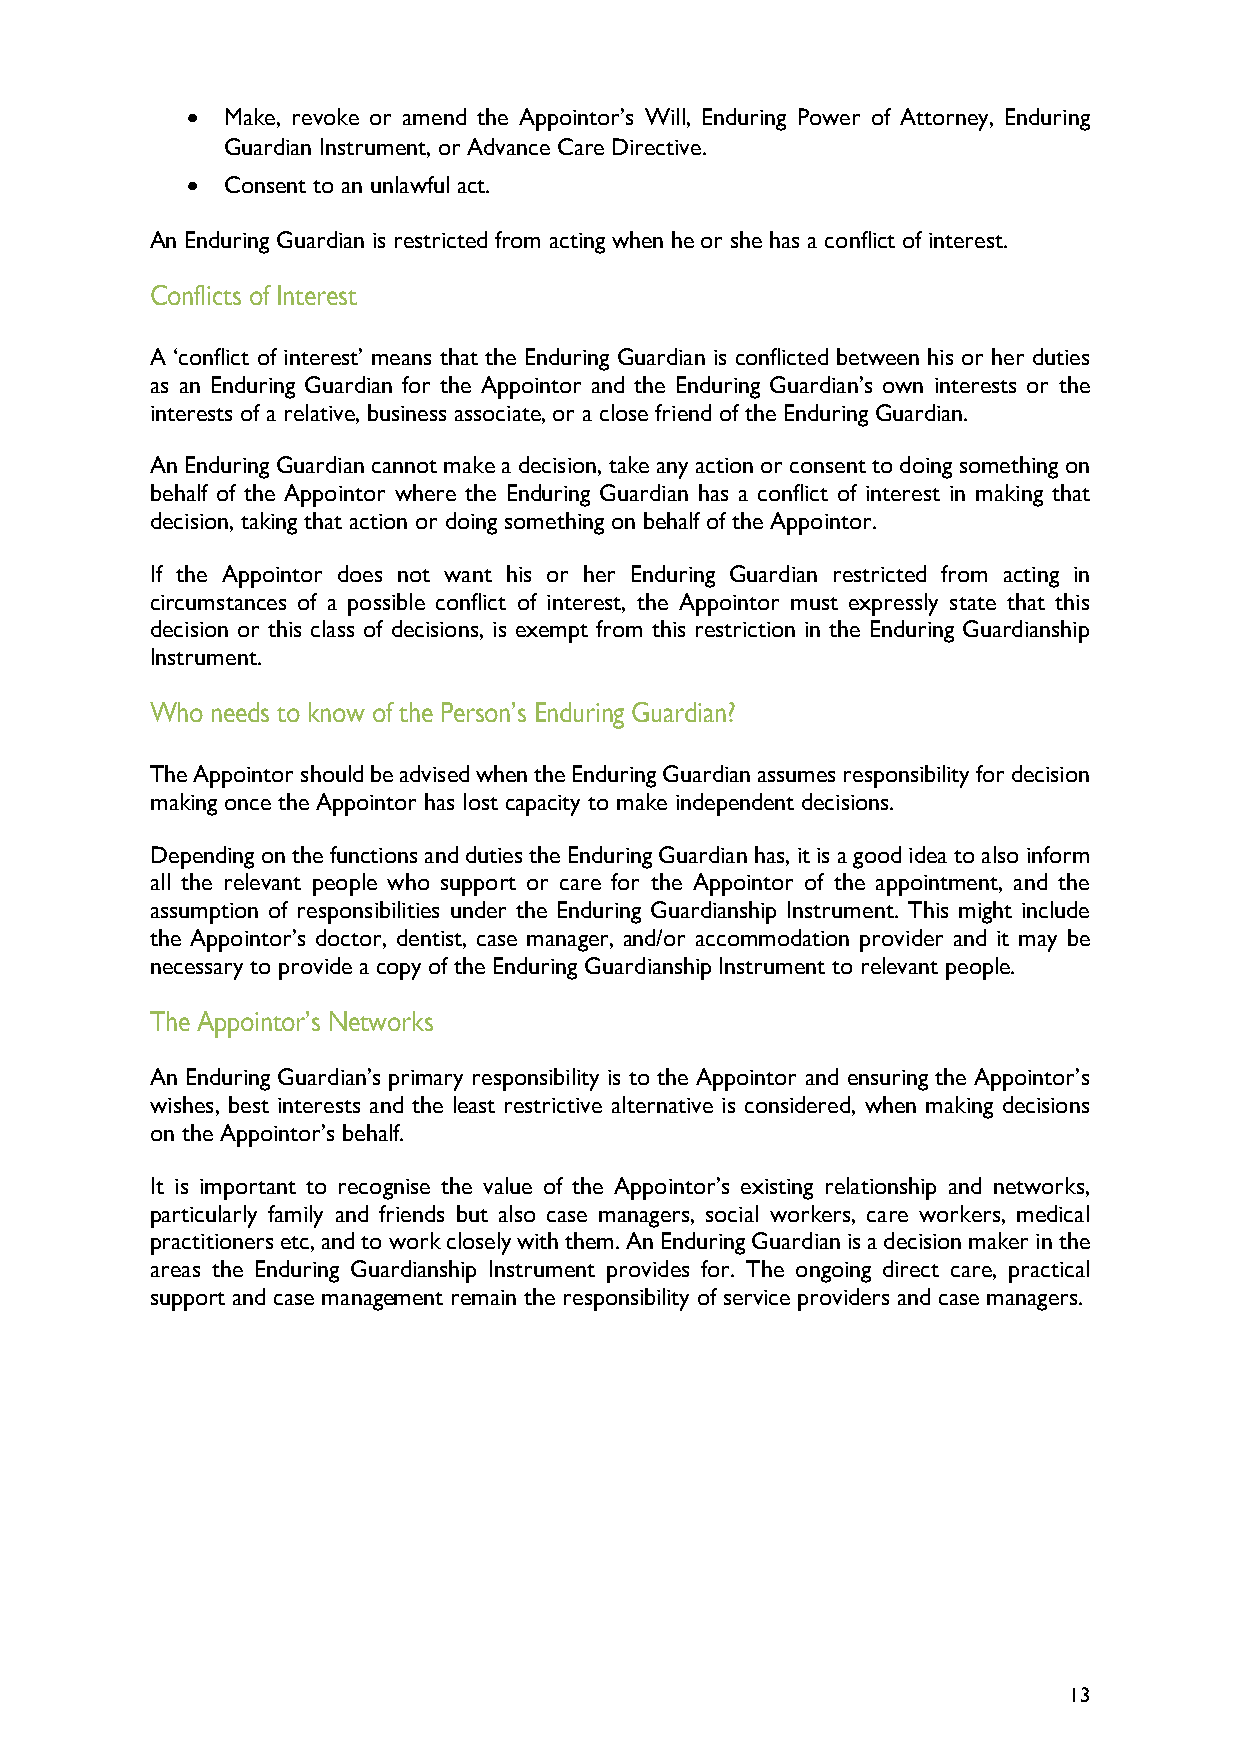
•  Make, revoke or amend the Appointor’s Will, Enduring Power of Attorney, Enduring
 Guardian Instrument, or Advance Care Directive.
 •  Consent to an unlawful act.
 An Enduring Guardian is restricted from acting when he or she has a conflict of interest.
 Conflicts of Interest
 A ‘conflict of interest’ means that the Enduring Guardian is conflicted between his or her duties
 as an Enduring Guardian for the Appointor and the Enduring Guardian’s own interests or the
 interests of a relative, business associate, or a close friend of the Enduring Guardian.
 An Enduring Guardian cannot make a decision, take any action or consent to doing something on
 behalf of the Appointor where the Enduring Guardian has a conflict of interest in making that
 decision, taking that action or doing something on behalf of the Appointor.
 If the Appointor does not want his or her Enduring Guardian restricted from acting in
 circumstances of a possible conflict of interest, the Appointor must expressly state that this
 decision or this class of decisions, is exempt from this restriction in the Enduring Guardianship
 Instrument.
 Who needs to know of the Person’s Enduring Guardian?
 The Appointor should be advised when the Enduring Guardian assumes responsibility for decision
 making once the Appointor has lost capacity to make independent decisions.
 Depending on the functions and duties the Enduring Guardian has, it is a good idea to also inform
 all the relevant people who support or care for the Appointor of the appointment, and the
 assumption of responsibilities under the Enduring Guardianship Instrument. This might include
 the Appointor’s doctor, dentist, case manager, and/or accommodation provider and it may be
 necessary to provide a copy of the Enduring Guardianship Instrument to relevant people.
 The Appointor’s Networks
 An Enduring Guardian’s primary responsibility is to the Appointor and ensuring the Appointor’s
 wishes, best interests and the least restrictive alternative is considered, when making decisions
 on the Appointor’s behalf.
 It is important to recognise the value of the Appointor’s existing relationship and networks,
 particularly family and friends but also case managers, social workers, care workers, medical
 practitioners etc, and to work closely with them. An Enduring Guardian is a decision maker in the
 areas the Enduring Guardianship Instrument provides for. The ongoing direct care, practical
 support and case management remain the responsibility of service providers and case managers.
 13